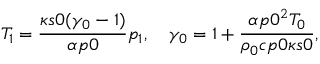
T _ { 1 } = \frac { \kappa _ { Ḋ } s 0 Ḍ ( \gamma _ { 0 } - 1 ) } { Ḋ \alpha _ { Ḋ } p 0 Ḍ Ḍ } p _ { 1 } , \quad \gamma _ { 0 } = 1 + \frac { \alpha _ { Ḋ } p 0 Ḍ ^ { 2 } T _ { 0 } } { \rho _ { 0 } c _ { Ḋ } p 0 Ḍ \kappa _ { Ḋ } s 0 Ḍ } ,